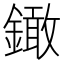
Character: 𨬒